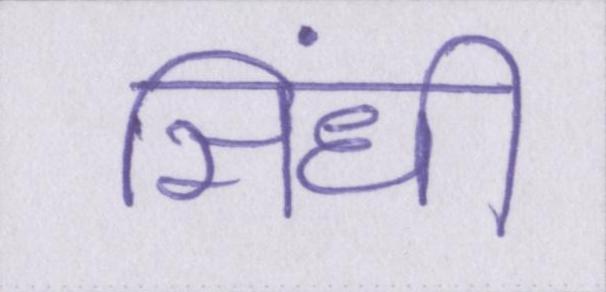
सिंधी